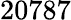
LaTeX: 20787